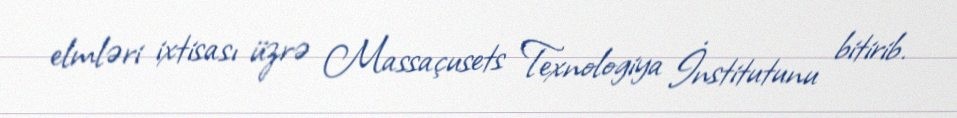
elmləri ixtisası üzrə Massaçusets Texnologiya İnstitutunu bitirib.